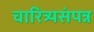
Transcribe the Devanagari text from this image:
चारित्र्यसंपन्न